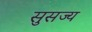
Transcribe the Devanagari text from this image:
सुसज्य